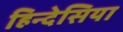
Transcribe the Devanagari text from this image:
हिन्देसिया